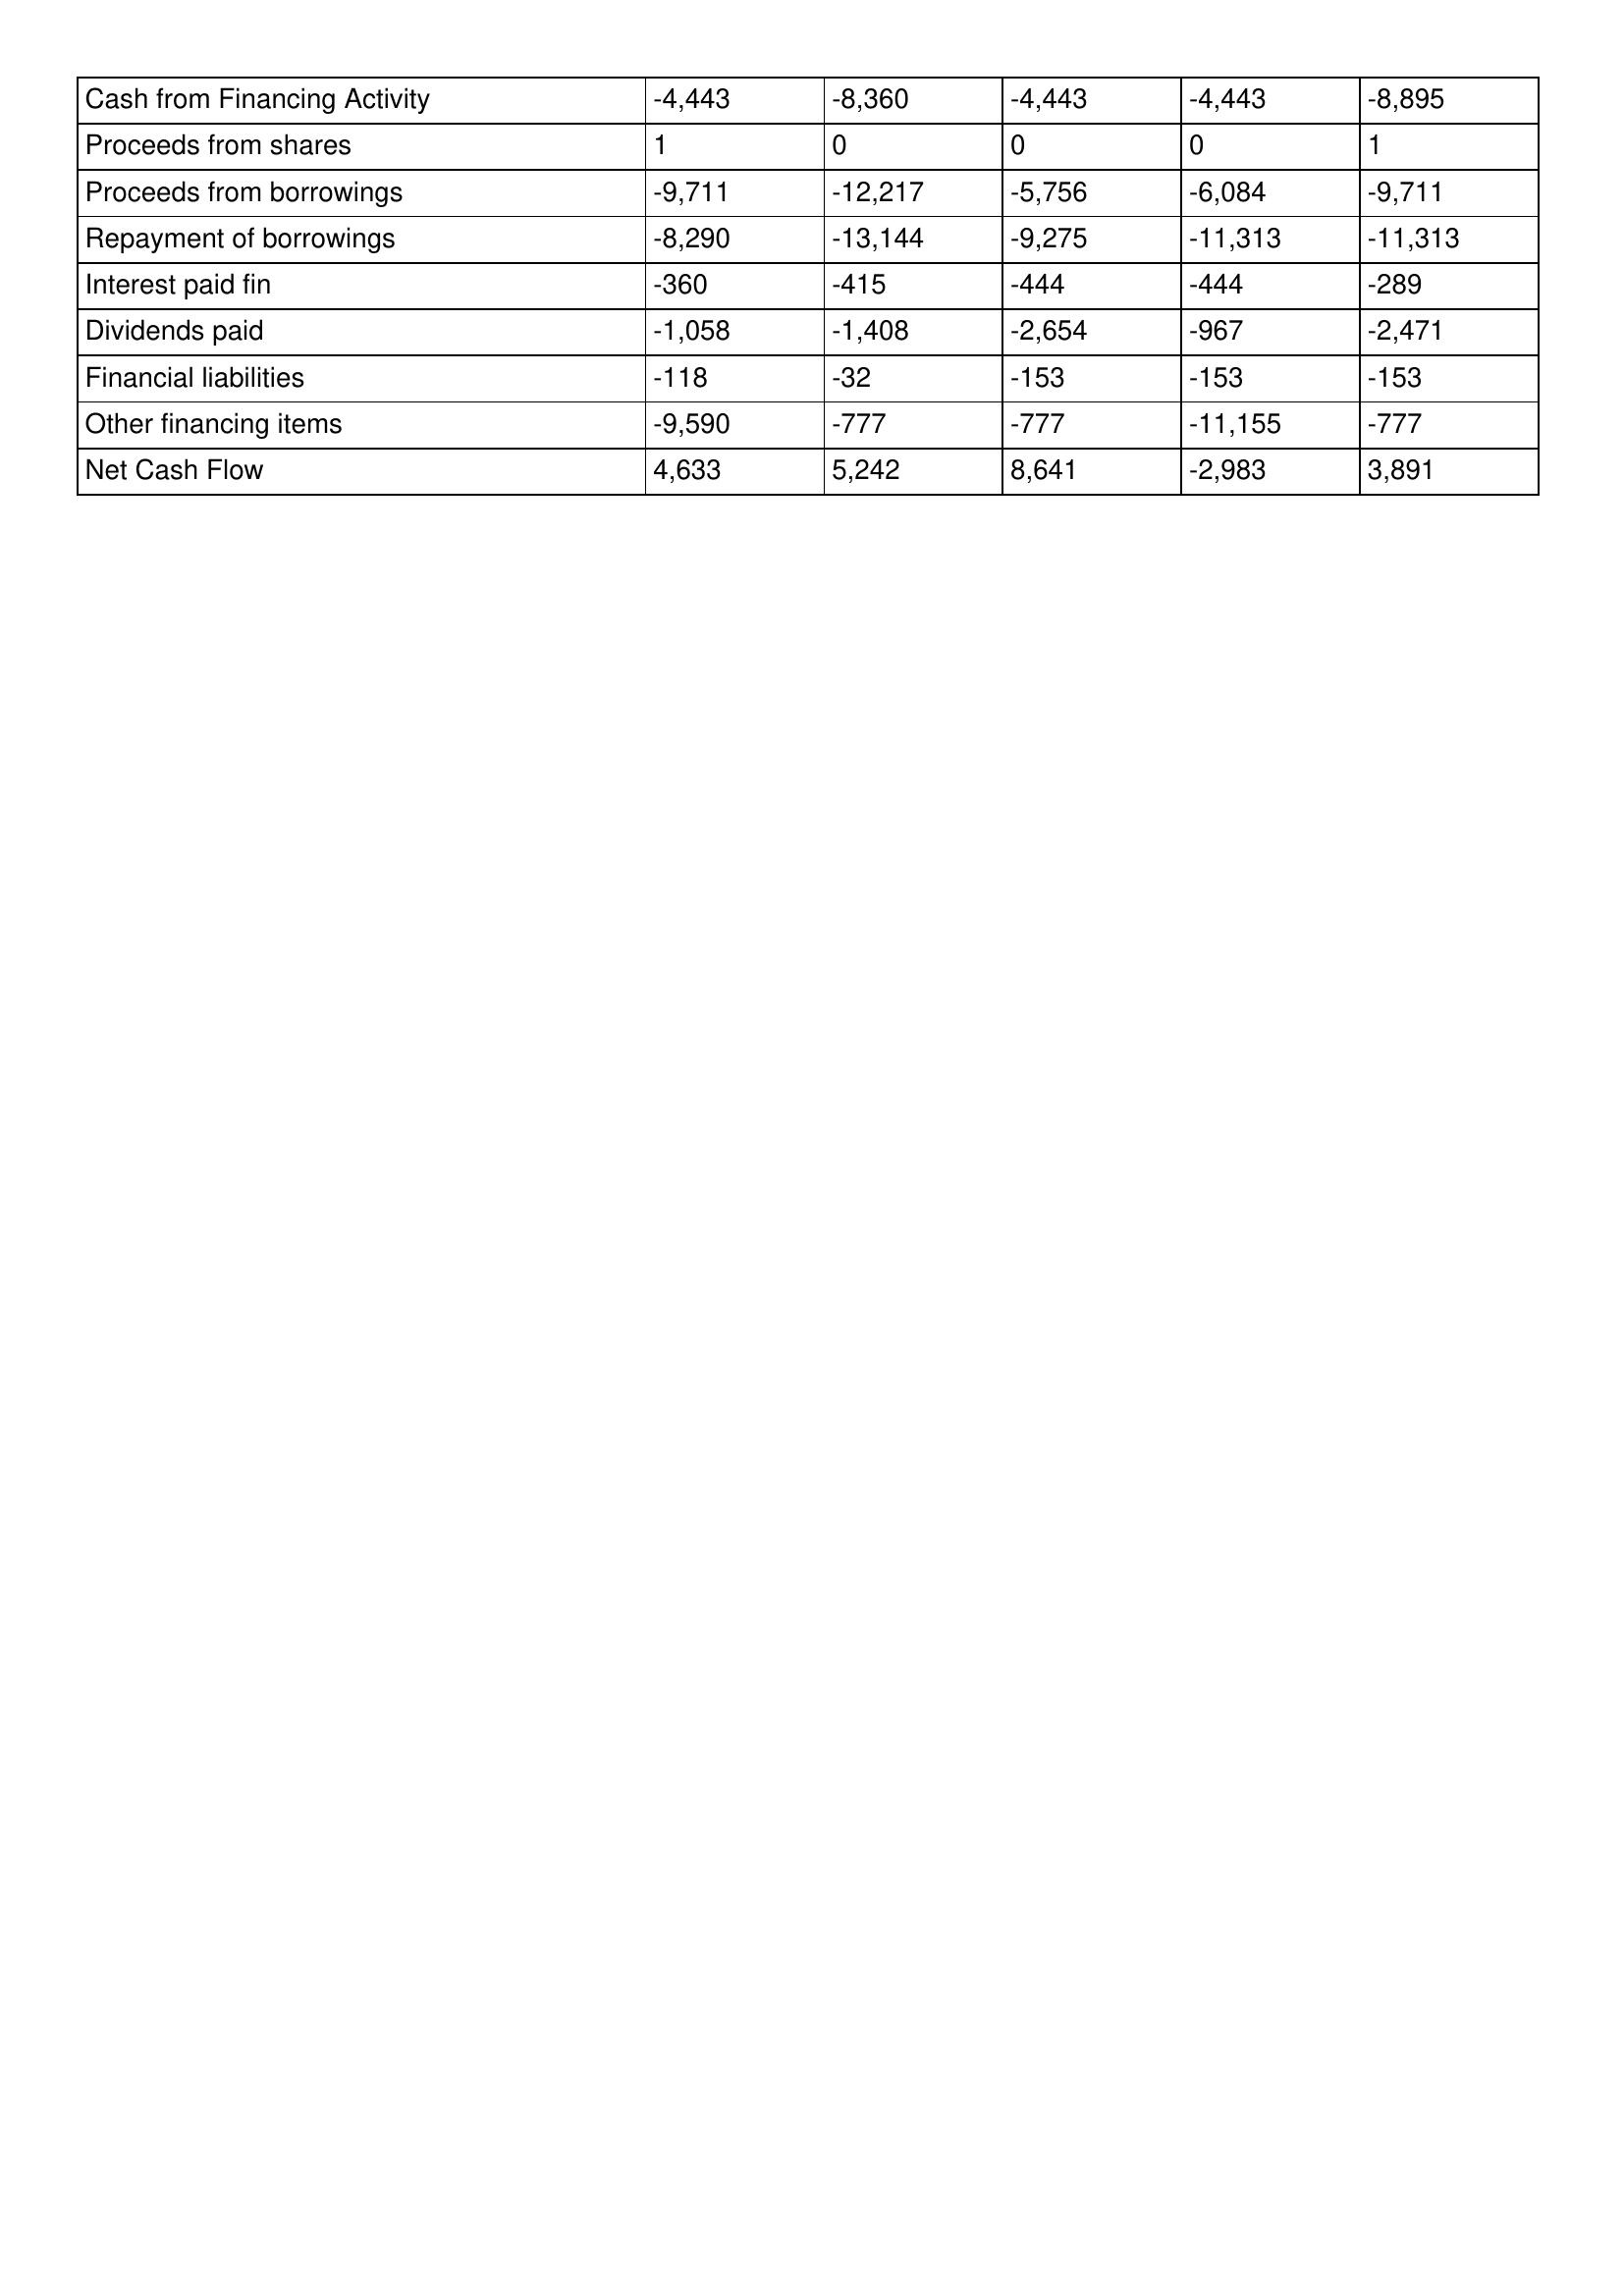
gt_parse: 2013: Cash Flows: Cash from Financing Activity: -4,443
Proceeds from shares: 1
Proceeds from borrowings: -9,711
Repayment of borrowings: -8,290
Interest paid fin: -360
Dividends paid: -1,058
Financial liabilities: -118
Other financing items: -9,590
Net Cash Flow: 4,633
2012: Cash Flows: Cash from Financing Activity: -8,360
Proceeds from shares: 0
Proceeds from borrowings: -12,217
Repayment of borrowings: -13,144
Interest paid fin: -415
Dividends paid: -1,408
Financial liabilities: -32
Other financing items: -777
Net Cash Flow: 5,242
2011: Cash Flows: Cash from Financing Activity: -4,443
Proceeds from shares: 0
Proceeds from borrowings: -5,756
Repayment of borrowings: -9,275
Interest paid fin: -444
Dividends paid: -2,654
Financial liabilities: -153
Other financing items: -777
Net Cash Flow: 8,641
2010: Cash Flows: Cash from Financing Activity: -4,443
Proceeds from shares: 0
Proceeds from borrowings: -6,084
Repayment of borrowings: -11,313
Interest paid fin: -444
Dividends paid: -967
Financial liabilities: -153
Other financing items: -11,155
Net Cash Flow: -2,983
2009: Cash Flows: Cash from Financing Activity: -8,895
Proceeds from shares: 1
Proceeds from borrowings: -9,711
Repayment of borrowings: -11,313
Interest paid fin: -289
Dividends paid: -2,471
Financial liabilities: -153
Other financing items: -777
Net Cash Flow: 3,891